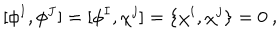
[ \phi ^ { I } , \phi ^ { J } ] = [ \phi ^ { I } , \chi ^ { j } ] = \{ \chi ^ { i } , \chi ^ { j } \} = 0 \ ,